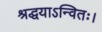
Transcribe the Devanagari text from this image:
श्रद्धयाऽन्वितः।